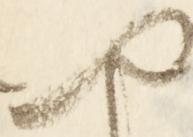
や